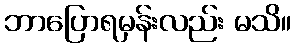
ဘာပြောရမှန်းလည်း မသိ။